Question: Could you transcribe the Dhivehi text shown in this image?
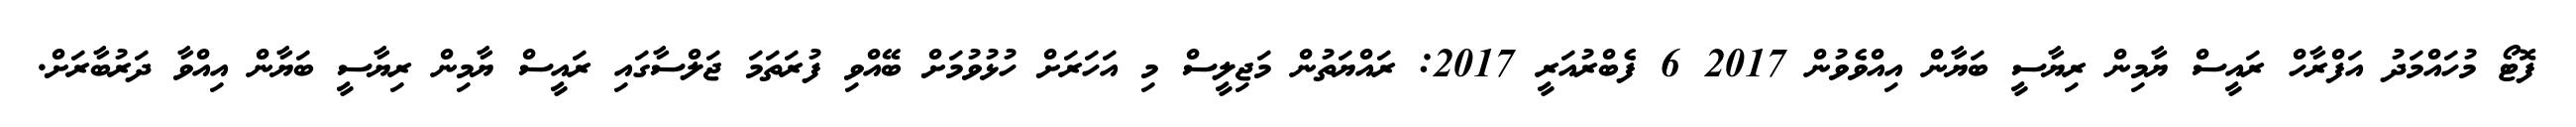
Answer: ފޮޓޯ މުހައްމަދު އަފްރާހް ރައީސް ޔާމިން ރިޔާސީ ބަޔާން އިއްވެވުން 2017 6 ފެބްރުއަރީ 2017: ރައްޔަތުން މަޖިލީސް މި އަހަރަށް ހުޅުވުމަށް ބޭއްވި ފުރަތަމަ ޖަލްސާގައި ރައީސް ޔާމިން ރިޔާސީ ބަޔާން އިއްވާ ދަރުބާރަށް.